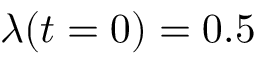
\lambda ( t = 0 ) = 0 . 5